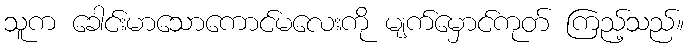
သူက ခေါင်းမာသောကောင်မလေးကို မျက်မှောင်ကုတ် ကြည့်သည်။